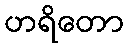
ဟရိတော